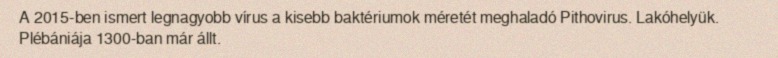
A 2015-ben ismert legnagyobb vírus a kisebb baktériumok méretét meghaladó Pithovirus. Lakóhelyük. Plébániája 1300-ban már állt.